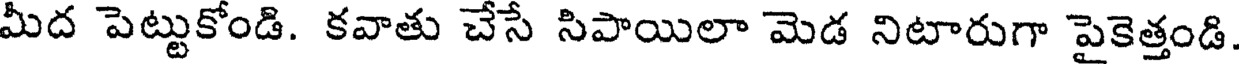
మీద పెట్టుకోండి. కవాతు చేసే సిపాయిలా మెడ నిటారుగా పైకెత్తండి